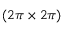
( 2 \pi \times 2 \pi )